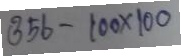
356 - 100 x 100